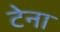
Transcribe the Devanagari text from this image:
टेना